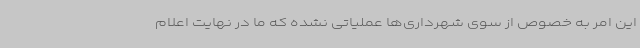
این امر به خصوص از سوی شهرداری‌ها عملیاتی نشده که ما در نهایت اعلام